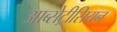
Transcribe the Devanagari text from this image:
आब्सेट्रीसियन